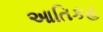
આતિકહ